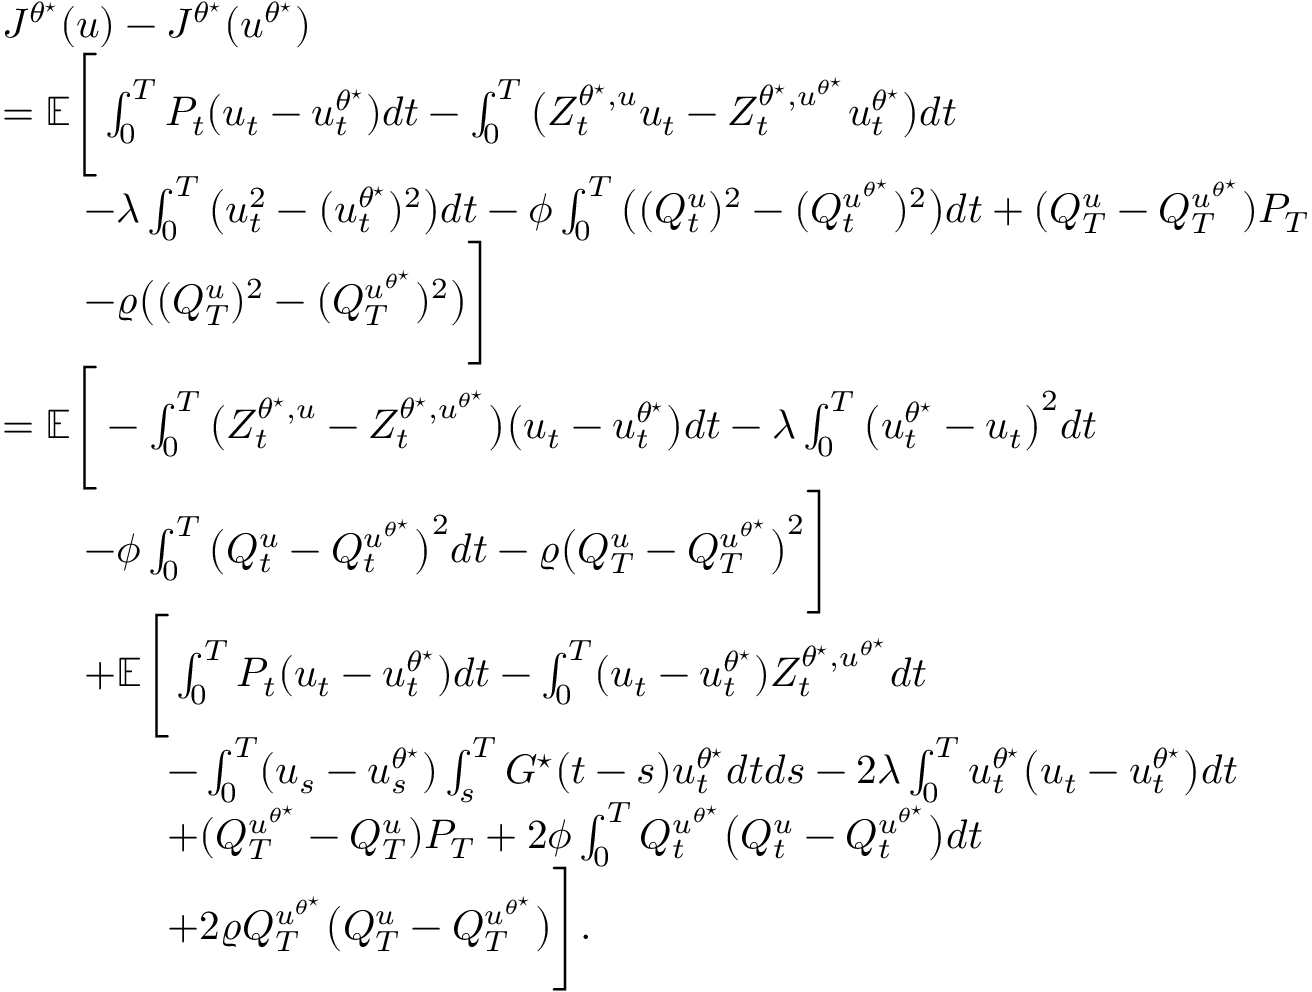
\begin{array} { r l } & { J ^ { \theta ^ { \star } } ( u ) - J ^ { \theta ^ { \star } } ( u ^ { \theta ^ { \star } } ) } \\ & { = \mathbb { E } \Bigg [ \int _ { 0 } ^ { T } P _ { t } ( u _ { t } - u _ { t } ^ { \theta ^ { \star } } ) d t - \int _ { 0 } ^ { T } \big ( Z _ { t } ^ { \theta ^ { \star } , u } u _ { t } - Z _ { t } ^ { \theta ^ { \star } , u ^ { \theta ^ { \star } } } u _ { t } ^ { \theta ^ { \star } } \big ) d t } \\ & { \qquad - \lambda \int _ { 0 } ^ { T } \big ( u _ { t } ^ { 2 } - ( u _ { t } ^ { \theta ^ { \star } } ) ^ { 2 } \big ) d t - \phi \int _ { 0 } ^ { T } \big ( ( Q _ { t } ^ { u } ) ^ { 2 } - ( Q _ { t } ^ { u ^ { \theta ^ { \star } } } ) ^ { 2 } \big ) d t + ( Q _ { T } ^ { u } - Q _ { T } ^ { u ^ { \theta ^ { \star } } } ) P _ { T } } \\ & { \qquad - \varrho \big ( ( Q _ { T } ^ { u } ) ^ { 2 } - ( Q _ { T } ^ { u ^ { \theta ^ { \star } } } ) ^ { 2 } \big ) \Bigg ] } \\ & { = \mathbb { E } \Bigg [ - \int _ { 0 } ^ { T } \big ( Z _ { t } ^ { \theta ^ { \star } , u } - Z _ { t } ^ { \theta ^ { \star } , u ^ { \theta ^ { \star } } } \big ) \big ( u _ { t } - u _ { t } ^ { \theta ^ { \star } } \big ) d t - \lambda \int _ { 0 } ^ { T } \big ( u _ { t } ^ { \theta ^ { \star } } - u _ { t } \big ) ^ { 2 } d t } \\ & { \qquad - \phi \int _ { 0 } ^ { T } \big ( Q _ { t } ^ { u } - Q _ { t } ^ { u ^ { \theta ^ { \star } } } \big ) ^ { 2 } d t - \varrho \big ( Q _ { T } ^ { u } - Q _ { T } ^ { u ^ { \theta ^ { \star } } } \big ) ^ { 2 } \Bigg ] } \\ & { \qquad + \mathbb { E } \Bigg [ \int _ { 0 } ^ { T } P _ { t } ( u _ { t } - u _ { t } ^ { \theta ^ { \star } } ) d t - \int _ { 0 } ^ { T } ( u _ { t } - u _ { t } ^ { \theta ^ { \star } } ) Z _ { t } ^ { { \theta ^ { \star } , u ^ { \theta ^ { \star } } } } d t } \\ & { \qquad \qquad - \int _ { 0 } ^ { T } ( u _ { s } - u _ { s } ^ { \theta ^ { \star } } ) \int _ { s } ^ { T } G ^ { \star } ( t - s ) u _ { t } ^ { \theta ^ { \star } } d t d s - 2 \lambda \int _ { 0 } ^ { T } u _ { t } ^ { \theta ^ { \star } } \big ( u _ { t } - u _ { t } ^ { \theta ^ { \star } } \big ) d t } \\ & { \qquad \qquad + ( Q _ { T } ^ { u ^ { \theta ^ { \star } } } - Q _ { T } ^ { u } ) P _ { T } + 2 \phi \int _ { 0 } ^ { T } Q _ { t } ^ { u ^ { \theta ^ { \star } } } \big ( Q _ { t } ^ { u } - Q _ { t } ^ { u ^ { \theta ^ { \star } } } \big ) d t } \\ & { \qquad \qquad + 2 \varrho Q _ { T } ^ { u ^ { \theta ^ { \star } } } \big ( Q _ { T } ^ { u } - Q _ { T } ^ { u ^ { \theta ^ { \star } } } \big ) \Bigg ] . } \end{array}